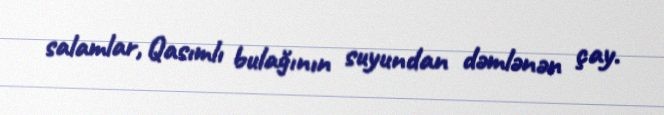
salamlar, Qasımlı bulağının suyundan dəmlənən çay.